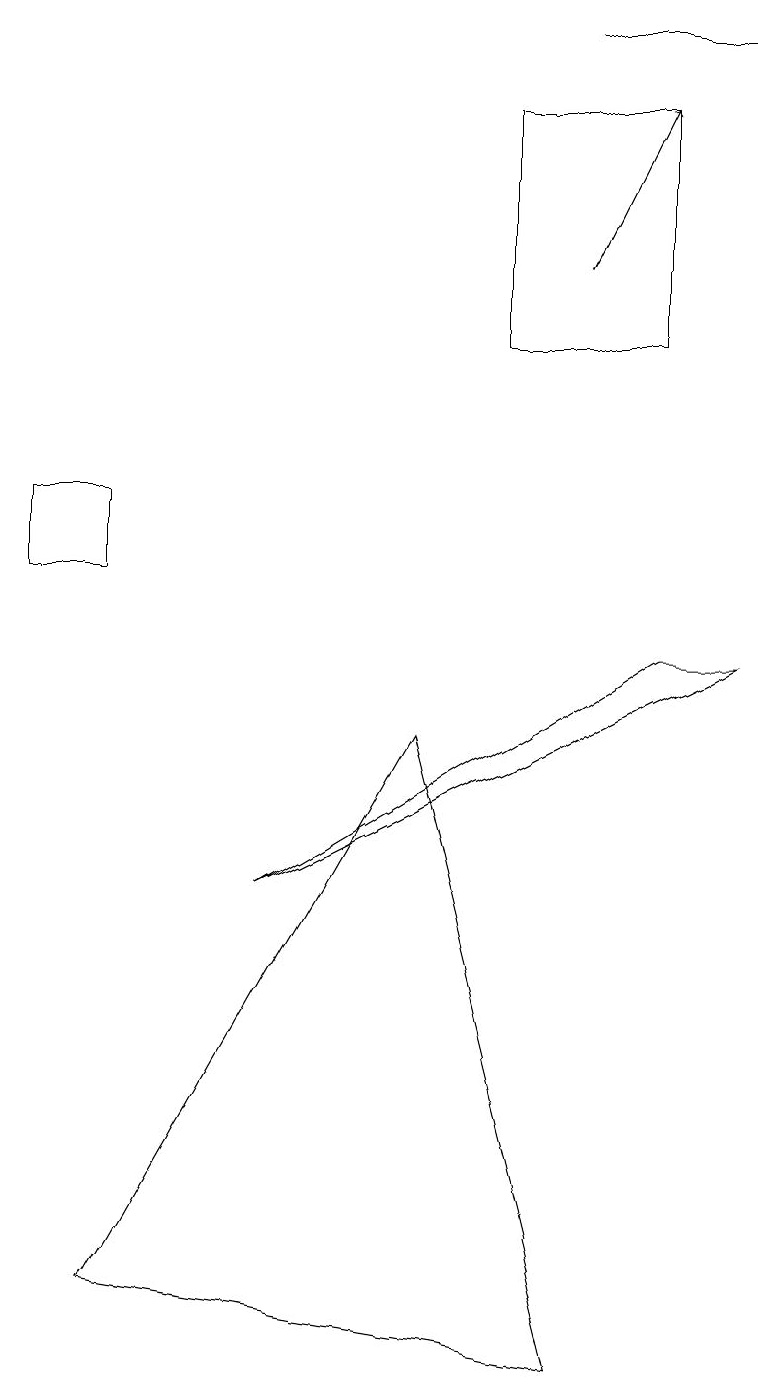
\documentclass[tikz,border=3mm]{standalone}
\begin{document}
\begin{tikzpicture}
\draw (7,0) -- (5,8) -- (1,1) -- cycle;
\draw (6,16) rectangle (8,13);
\draw (8,9) -- (9,9) -- (3,6) -- cycle;
\draw[->] (7,14) -- (8,16);
\draw (9,17) rectangle (7,17);
\draw (0,11) rectangle (1,10);
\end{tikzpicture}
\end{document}